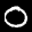
Digit: 0